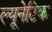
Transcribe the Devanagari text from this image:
ल्यूनेटिक